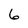
Character: 6